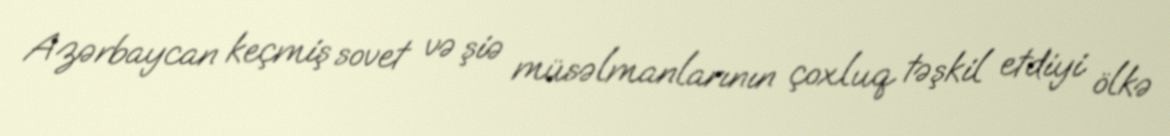
Azərbaycan keçmiş sovet və şiə müsəlmanlarının çoxluq təşkil etdiyi ölkə